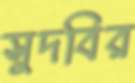
সুদবির